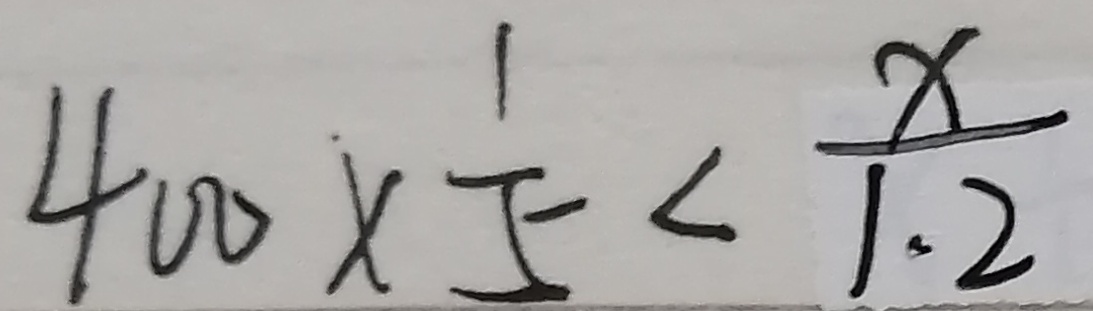
4 0 0 \times \frac { 1 } { 5 } < \frac { x } { 1 . 2 }